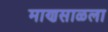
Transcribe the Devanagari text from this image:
माणसाळला